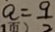
a = \frac { 9 } { 2 }